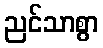
ညင်သာစွာ